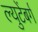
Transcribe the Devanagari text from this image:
ल्युटेंबर्ग